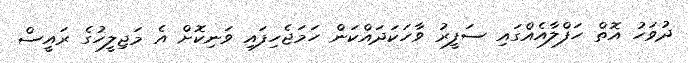
ދުވަހު އޮތް ހަފްލާއެއްގައި ސަފީރު ވާހަކަދައްކަން ހަމަޖެހިފައި ވަނިކޮށް އެ މަޖިލީހުގެ ރައީސް